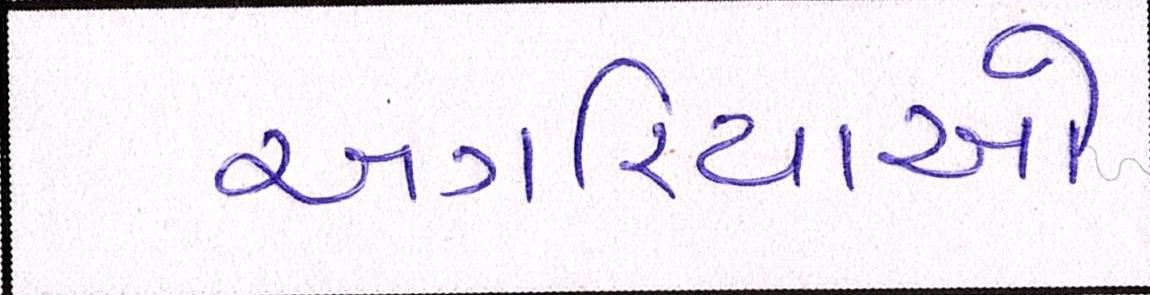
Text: અગરિયાઓ